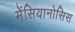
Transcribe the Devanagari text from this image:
मेंसियानोसिस